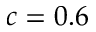
c = 0 . 6